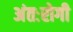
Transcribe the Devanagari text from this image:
अंतःरोगी